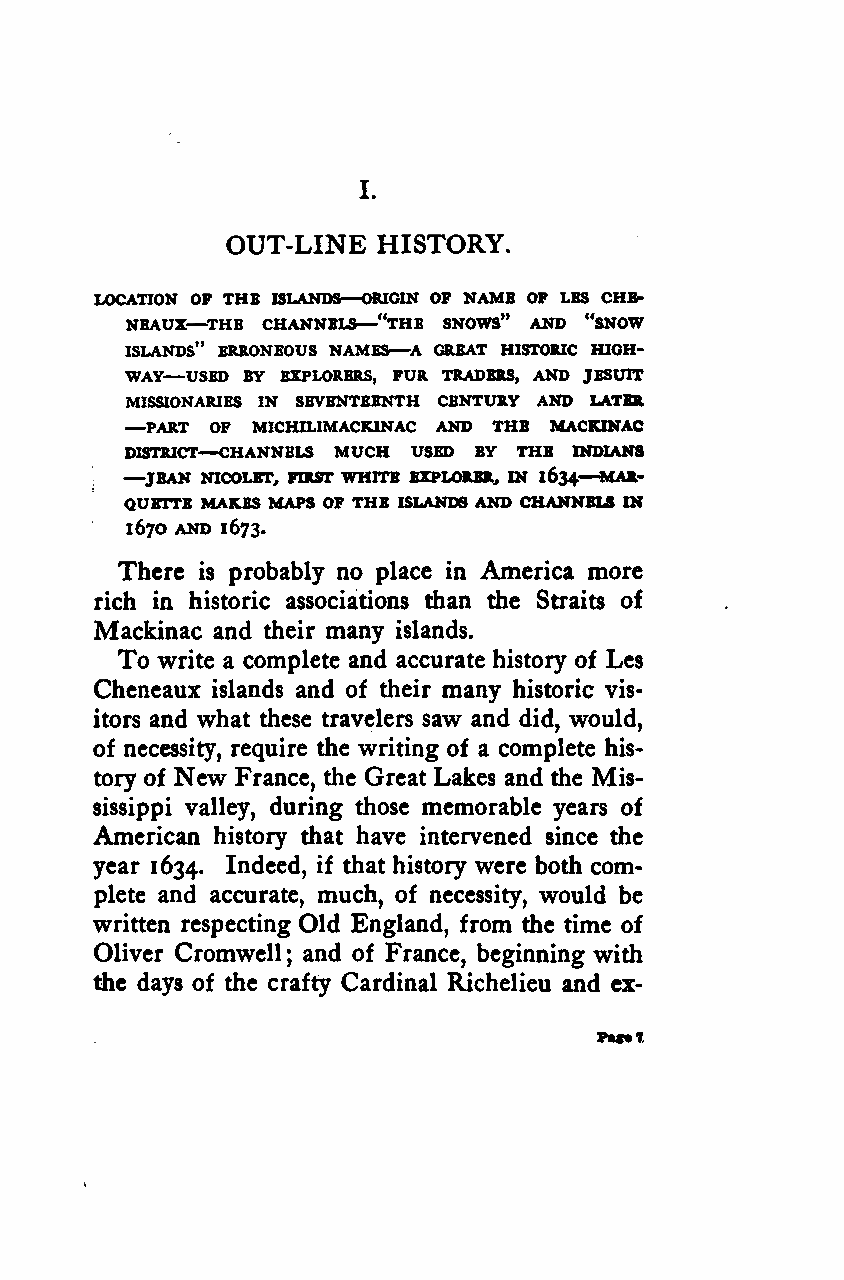
I.
 OUT-LINE  HISTORY.
 LOCATION OP THE ISLANDS——ORIGIN OP NAME OP LES CHB-
 NEAUX—THE CHANNELS "THE SNOWS" AND "SNOW
 —
 ISLANDS" ERRONEOUS NAMES A GREAT HISTORIC HIGH-
 —
 WAY USED BY EXPLORERS, PUR TRADERS, AND JESUIT
 MISSIONARIES IN SEVENTEENTH CENTURY AND LATER
 —
 PART OF MICHILIMACKINAC AND THE MACKINAC
 DISTRICT—CHANNELS MUCH USED BY THE INDIANS
 —
 JEAN NICOLBT, FIRST WHITE EXPLORER, IN 1634—MAR-
 QUETTE MAKES MAPS OP THE ISLANDS AND CHANNELS IN
 167O AND 1673.
 There is probably no place in America more
 rich in historic associations than the Straits of
 Mackinac and their many islands.
 To write a complete and accurate history of Les
 Cheneaux islands and of their many historic vis-
 itors and what these travelers saw and did, would,
 of necessity, require the writing of a complete his-
 New
 tory of   France, the Great Lakes and the Mis-
 sissippi valley, during those memorable years of
 American history that have intervened since the
 year 1634. Indeed, if that history were both com-
 plete and accurate, much, of necessity, would be
 written respecting Old England, from the time of
 Oliver Cromwell and of France, beginning with
 ;
 the days of the crafty Cardinal Richelieu and ex-
 Google
 Digitizedby